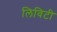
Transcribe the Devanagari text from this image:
लिविटी